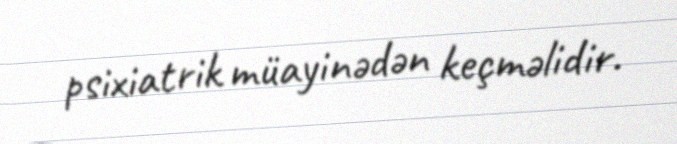
psixiatrik müayinədən keçməlidir.